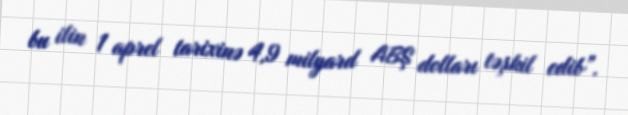
bu ilin 1 aprel tarixinə 4,9 milyard ABŞ dolları təşkil edib”.